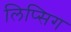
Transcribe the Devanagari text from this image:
लिप्सिग